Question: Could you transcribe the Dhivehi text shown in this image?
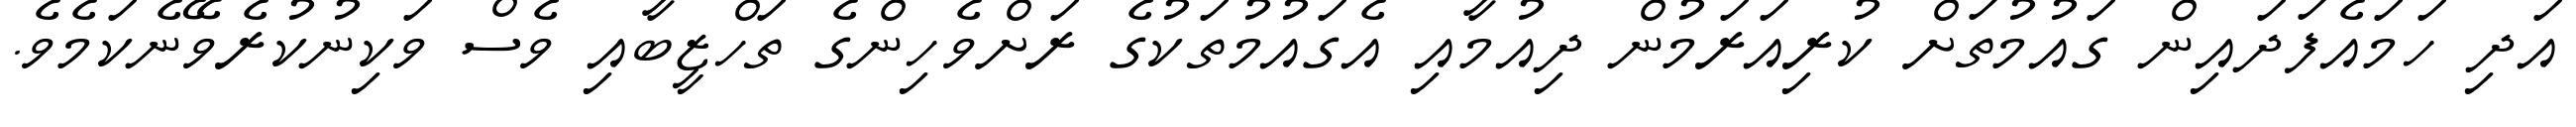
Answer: އަދި ހަމައެފަދައިން ގައުމުތަށް ކުރިއަރަމުން ދިއުމާއި އެގައުމުތަކުގެ ރަށްވެހިންގެ ތަހްޒީބާއި ވެސް ވަކިނުކުރެވޭނެކަމެވެ.